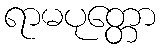
ရာမပုတ္တော